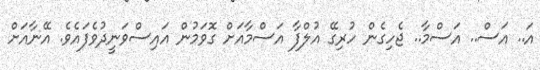
އަ.. އަސް.. އަސްމާ.. ޖެހިގެން ހުރިގޭ އުލްފާ އަސްމާއަށް ގޮވަމުން އައިސްވަނީދުވެފައެވެ. އޭނާއަށް